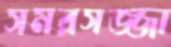
সমরসজ্জা